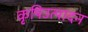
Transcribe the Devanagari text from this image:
कृषिउत्पादन